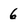
Character: 6